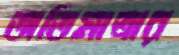
অতিমাত্রার